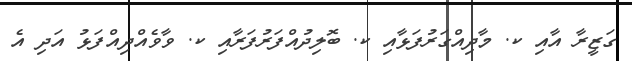
ގަޒީރާ އާއި ކ. މާދިއްގަރުފަޅާއި ކ. ބޮލިދުއްފަރުފަރާއި ކ. ވާވެއްދިއްފަޅު އަދި އެ